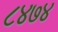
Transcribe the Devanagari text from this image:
८४७४